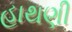
હાથણી